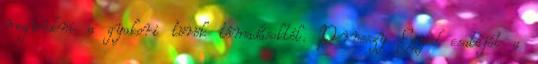
megvédeni a gyakori török támadásoktól. Perneszy Egyed csatáját a